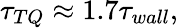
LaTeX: \tau_{TQ}\approx 1.7\tau_{wall},